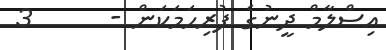
އިސްލާމް ދީނުގެ ފުރިހަމަކަން -      3